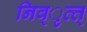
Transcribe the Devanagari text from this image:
निव्ृत्त्